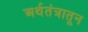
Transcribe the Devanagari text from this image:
अर्थतंत्रातून